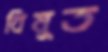
বিযুত